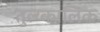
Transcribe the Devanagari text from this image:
तुल्य्कालिक